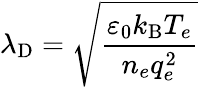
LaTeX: \lambda_{\mathrm{{D}}}={\sqrt{\frac{\varepsilon_{0}k_{\mathrm{{B}}}T_{e}}{n_{e}q_{e}^{2}}}}